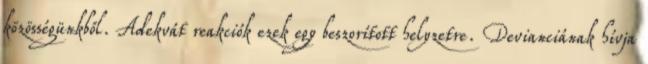
közösségünkből. Adekvát reakciók ezek egy beszorított helyzetre. Devianciának hívja